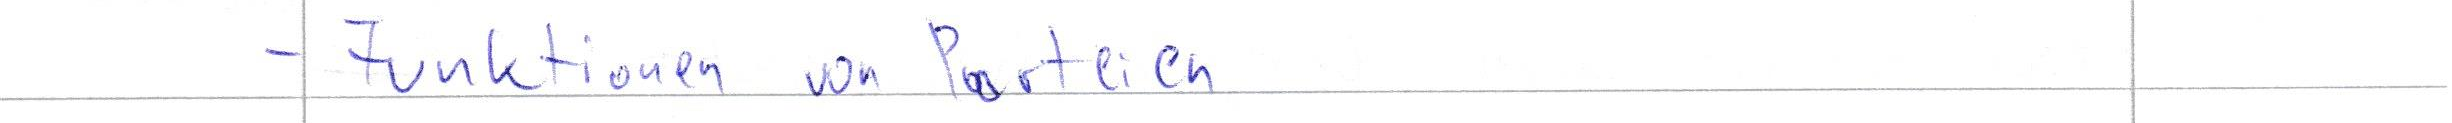
- Funktionen von Parteien